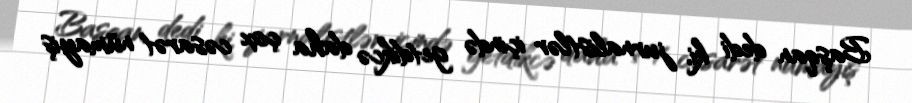
Başqan dedi ki, jurnalistlər içində getdikcə daha çox cəsarət nümayiş